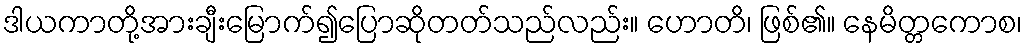
ဒါယကာတို့အားချီးမြောက်၍ပြောဆိုတတ်သည်လည်း။ ဟောတိ၊ ဖြစ်၏။ နေမိတ္တကောစ၊